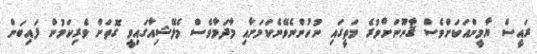
ރައީސް ޔާމީންއަކަށްވެސް ޤާނޫނަށްވުރެ މަތީގައި ނުހުންނެވޭނެކަމަށާއި މާދަމާވެސް މެލޭޝިއާގައިވީ ގޮތަށް ވެރިކަމުން ފައިބަން